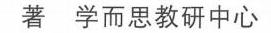
著  学而思教研中心